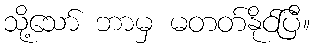
သို့သော် ဘာမှ မတတ်နိုင်ပြီ။